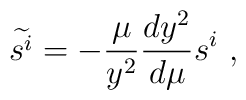
\widetilde{s^i}=-{\mu\over y^2}{dy^2\over d\mu}s^i \ ,